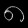
Digit: ၈